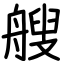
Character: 艘